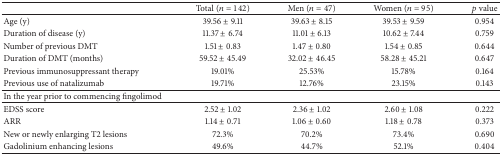
|  | Total (n = 142) | Men (n = 47) | Women (n = 95) | p value |
 | --- | --- | --- | --- | --- |
 | Age (y) | 39.56 ± 9.11 | 39.63 ± 8.15 | 39.53 ± 9.59 | 0.954 |
 | Duration of disease (y) | 11.37 ± 6.74 | 11.01 ± 6.13 | 10.62 ± 7.44 | 0.759 |
 | Number of previous DMT | 1.51 ± 0.83 | 1.47 ± 0.80 | 1.54 ± 0.85 | 0.644 |
 | Duration of DMT (months) | 59.52 ± 45.49 | 32.02 ± 46.45 | 58.28 ± 45.21 | 0.647 |
 | Previous immunosuppressant therapy | 19.01% | 25.53% | 15.78% | 0.164 |
 | Previous use of natalizumab | 19.71% | 12.76% | 23.15% | 0.143 |
 | In the year prior to commencing fingolimod |  |  |  |  |
 | EDSS score | 2.52 ± 1.02 | 2.36 ± 1.02 | 2.60 ± 1.08 | 0.222 |
 | ARR | 1.14 ± 0.71 | 1.06 ± 0.60 | 1.18 ± 0.78 | 0.373 |
 | New or newly enlarging T2 lesions | 72.3% | 70.2% | 73.4% | 0.690 |
 | Gadolinium enhancing lesions | 49.6% | 44.7% | 52.1% | 0.404 |